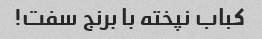
کباب نپخته با برنج سفت!